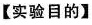
【实验目的】